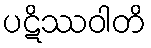
ပဋိဿဝါတိ